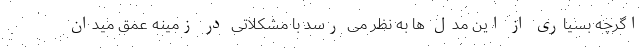
اگرچه بسیاری از این مدل ها به نظر می رسد با مشکلاتی در زمینه عمق میدان